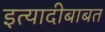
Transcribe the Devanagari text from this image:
इत्यादीबाबत